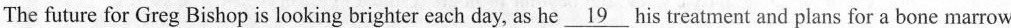
The future for Greg Bishop is looking brighter each day, as he\underline{19} his treatment and plans for a bone marrow